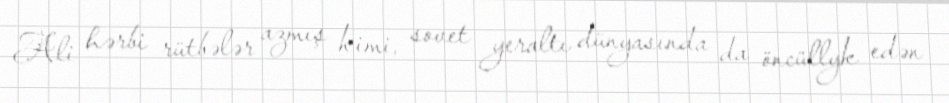
Ali hərbi rütbələr azmış kimi, sovet yeraltı dünyasında da öncüllyk edən